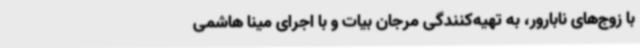
با زوج‌های نابارور، به تهیه‌کنندگی مرجان بیات و با اجرای مینا هاشمی